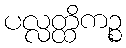
ပလ္လတ္ထိကဉ္စ